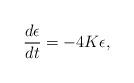
LaTeX: \begin{align*} \frac{d \epsilon}{d t} = - 4 K \epsilon,\end{align*}